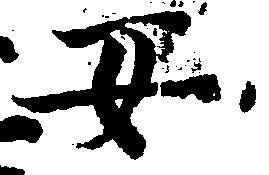
安